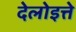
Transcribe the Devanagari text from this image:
देलोइत्ते